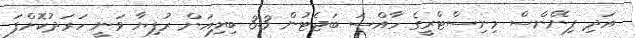
އަދި ފިނޭންސް މިނިސްޓްރީގެ ހާއްސަ ބަޖެޓުން 3.3 ބިލިއަން ރުފިޔާ ވަނީ ހަރަދުކޮށްފަ